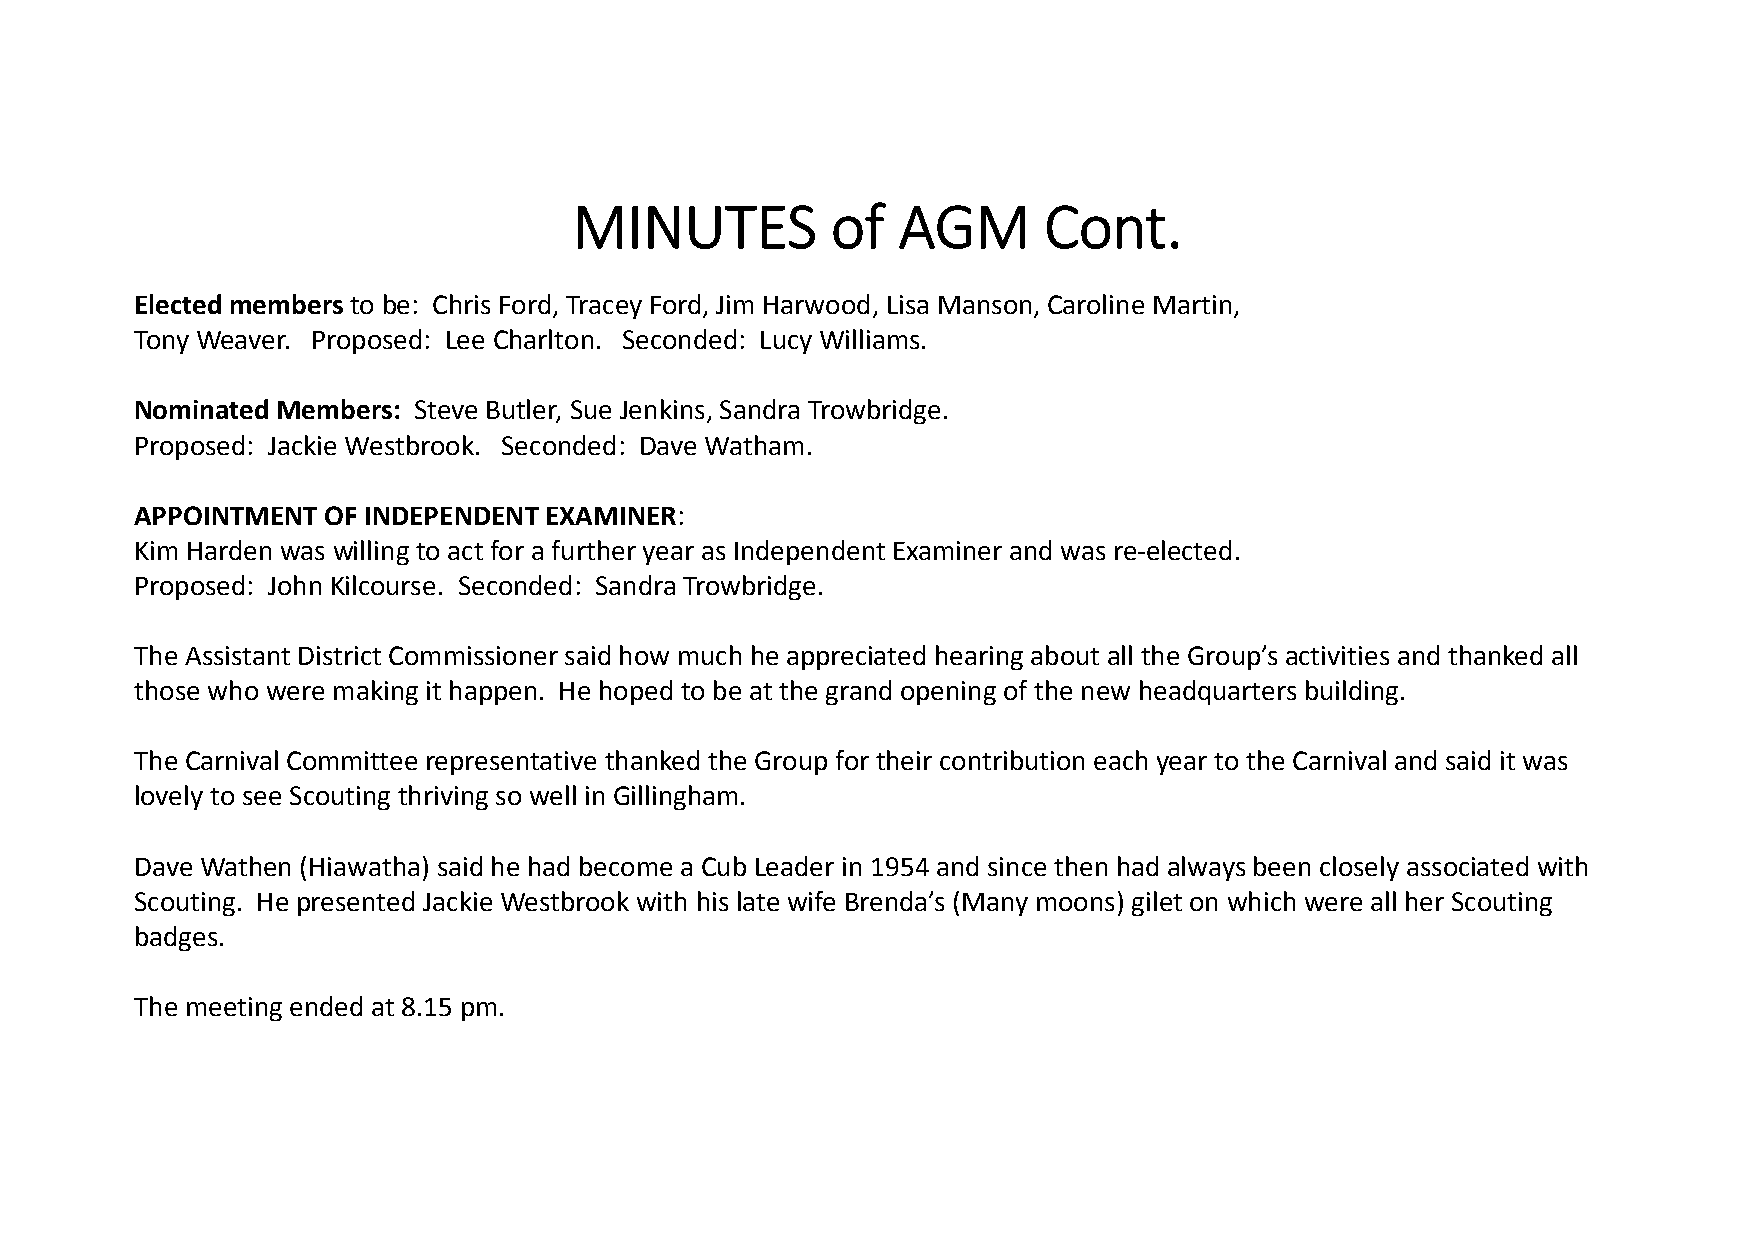
MINUTES          of  AGM       Cont.
 Elected members to be: Chris Ford, Tracey Ford, Jim Harwood, Lisa Manson, Caroline Martin,
 Tony Weaver. Proposed: Lee Charlton. Seconded: Lucy Williams.
 Nominated Members: Steve Butler, Sue Jenkins, Sandra Trowbridge.
 Proposed: Jackie Westbrook. Seconded: Dave Watham.
 APPOINTMENT OF INDEPENDENT EXAMINER:
 Kim Harden was willing to act for a further year as Independent Examiner and was re‐elected.
 Proposed: John Kilcourse. Seconded: Sandra Trowbridge.
 The Assistant District Commissioner said how much he appreciated hearing about all the Group’s activities and thanked all
 those who were making it happen. He hoped to be at the grand opening of the new headquarters building.
 The Carnival Committee representative thanked the Group for their contribution each year to the Carnival and said it was
 lovely to see Scouting thriving so well in Gillingham.
 Dave Wathen (Hiawatha) said he had become a Cub Leader in 1954 and since then had always been closely associated with
 Scouting. He presented Jackie Westbrook with his late wife Brenda’s (Many moons) gilet on which were all her Scouting
 badges.
 The meeting ended at 8.15 pm.